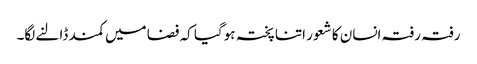
رفتہ رفتہ انسان کا شعور اتنا پختہ ہوگیا کہ فضا میں کمند ڈالنے لگا۔